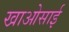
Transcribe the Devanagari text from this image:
खाओसाई